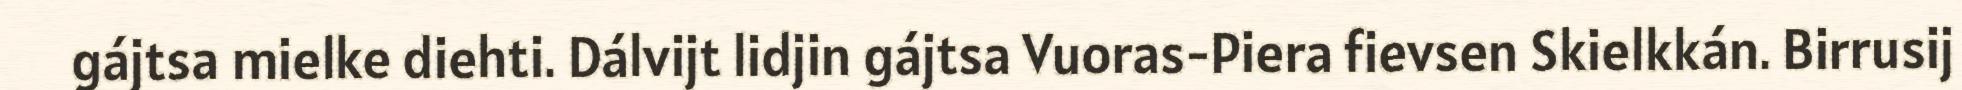
gájtsa mielke diehti. Dálvijt lidjin gájtsa Vuoras-Piera fievsen Skielkkán. Birrusij